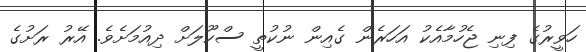
ހަވީރުގެ ފިނި ޖެހުމާއެކު އަހަރެން ގެއިން ނުކުތީ ސްކޫލަށް ދިއުމަށެވެ. އޭރު ރަށުގެ